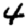
Digit: 4